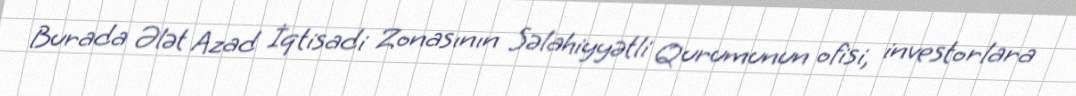
Burada Ələt Azad İqtisadi Zonasının Səlahiyyətli Qurumunun ofisi, investorlara